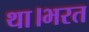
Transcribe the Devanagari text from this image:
था।भरत